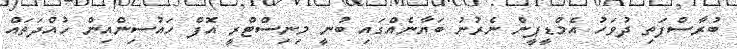
ބުރާސްފަތި ދުވަހު އެމްޑީޕީން ނެރުނު ބަޔާނެއްގައި ބުނީ މިނިސްޓްރީ އޮފް ހައުސިންއިން ހުއްދަތައް